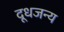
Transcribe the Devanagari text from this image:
दूधजन्य